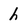
Character: h